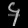
Digit: ၄